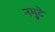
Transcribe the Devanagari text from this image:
नमुटे